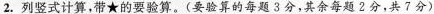
2.列竖式计算，带★的要验算。(要验算的每题3分，其余每题?分，共7分)